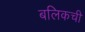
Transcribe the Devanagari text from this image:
बलिकची